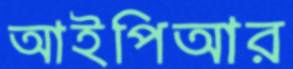
আইপিআর